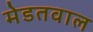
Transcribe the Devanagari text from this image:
मेडतवाल